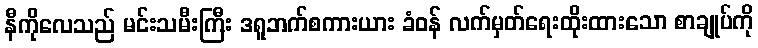
နီကိုလေသည် မင်းသမီးကြီး ဒရူဘက်စကားယား ခံဝန် လက်မှတ်ရေးထိုးထားသော စာချုပ်ကို